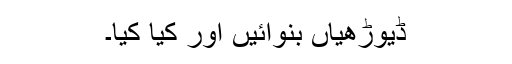
ڈیوڑھیاں بنوائیں اور کیا کیا۔